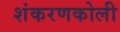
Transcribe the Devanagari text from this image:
शंकरणकोली